Vaccine operations Central Provinces 1868-1885 - 1868-1885
Year: 1868
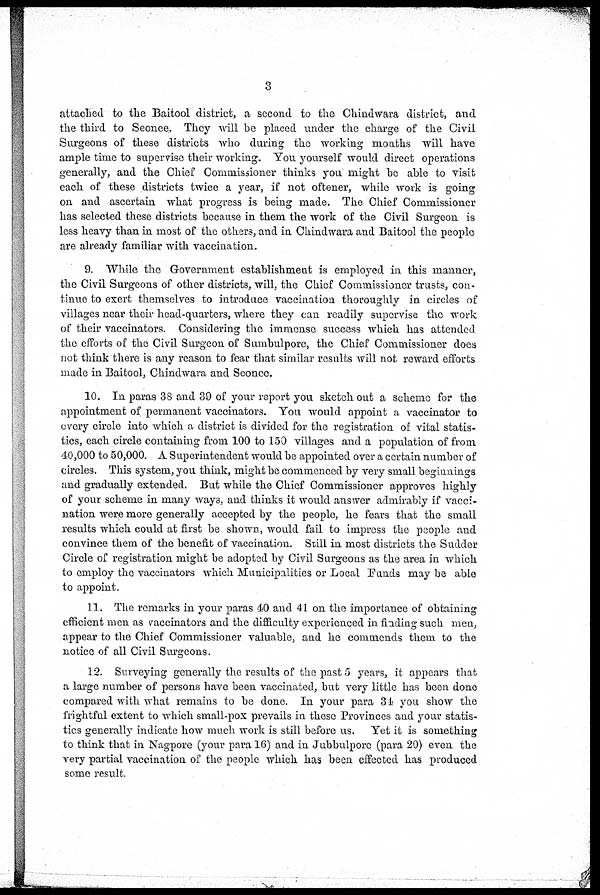
3
attached to the Baitool district, a second to the Chindwara district, and
the third to Seonee. They will be placed under the charge of the Civil
Surgeons of these districts who during the working months will have
ample time to supervise their working. You yourself would direct operations
generally, and the Chief Commissioner thinks you might be able to visit
each of these districts twice a year, if not oftener, while work is going
on and ascertain what progress is being made. The Chief Commissioner
has selected these districts because in them the work of the Civil Surgeon is
less heavy than in most of the others, and in Chindwara and Baitool the people
are already familiar with vaccination.
9. While the Government establishment is employed in this manner,
the Civil Surgeons of other districts, will, the Chief Commissioner trusts, con-
tinue to exert themselves to introduce vaccination thoroughly in circles of
villages near their head-quarters, where they can readily supervise the work
of their vaccinators. Considering the immense success which has attended
the efforts of the Civil Surgeon of Sumbulpore, the Chief Commissioner does
not think there is any reason to fear that similar results will not reward efforts
made in Baitool, Chindwara and Seonce.
10. In paras 38 and 39 of your report you sketch out a scheme for the
appointment of permanent vaccinators. You would appoint a vaccinator to
every circle into which a district is divided for the registration of vital statis-
tics, each circle containing from 100 to 150 villages and a population of from
40,000 to 50,000. A Superintendent would be appointed over a certain number of
circles. This system, you think, might be commenced by very small beginnings
and gradually extended. But while the Chief Commissioner approves highly
of your scheme in many ways, and thinks it would answer admirably if vacci-
nation were more generally accepted by the people, he fears that the small
results which could at first be shown, would fail to impress the people and
convince them of the benefit of vaccination. Still in most districts the Sudder
Circle of registration might be adopted by Civil Surgeons as the area in which
to employ the vaccinators which Municipalities or Local Funds may be able
to appoint.
11. The remarks in your paras 40 and 41 on the importance of obtaining
efficient men as vaccinators and the difficulty experienced in finding such men,
appear to the Chief Commissioner valuable, and he commends them to the
notice of all Civil Surgeons.
12. Surveying generally the results of the past 5 years, it appears that
a large number of persons have been vaccinated, but very little has been done
compared with what remains to be done. In your para 34 you show the
frightful extent to which small-pox prevails in these Provinces and your statis-
tics generally indicate how much work is still before us. Yet it is something
to think that in Nagpore (your para 16) and in Jubbulporc (para 20) even the
very partial vaccination of the people which has been effected has produced
some result.